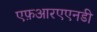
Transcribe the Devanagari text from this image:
एफ़आरएएनडी